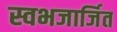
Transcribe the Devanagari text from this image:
स्वभजार्जित